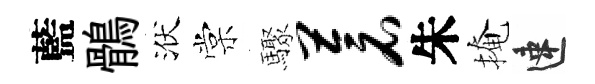
藍鶻洑棠驟苍朱掩速